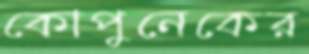
কোপুনেকের